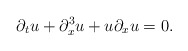
\begin{align*} \partial_tu + \partial_x^3u + u\partial_xu = 0.\end{align*}